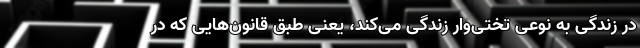
در زندگی به نوعی تختی‌وار زندگی می‌کند، یعنی طبق قانون‌هایی که در